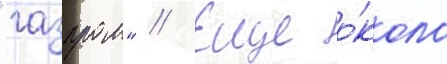
"газпром" // Еще о́коло